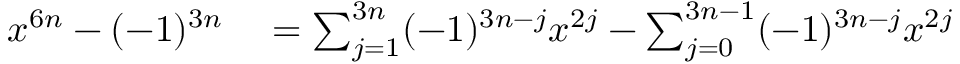
\begin{array} { r l } { x ^ { 6 n } - ( - 1 ) ^ { 3 n } } & { { } = \sum _ { j = 1 } ^ { 3 n } ( - 1 ) ^ { 3 n - j } x ^ { 2 j } - \sum _ { j = 0 } ^ { 3 n - 1 } ( - 1 ) ^ { 3 n - j } x ^ { 2 j } } \end{array}